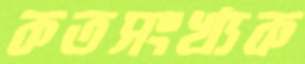
কতসংখ্যক